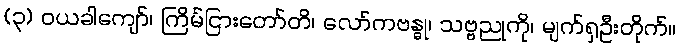
(၃) ဝယခါကျော်၊ ကြိမ်ငြားတော်တိ၊ လော်ကဗန္ဓု၊ သဗ္ဗညုကို၊ မျက်ရှဦးတိုက်။